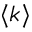
\langle k \rangle